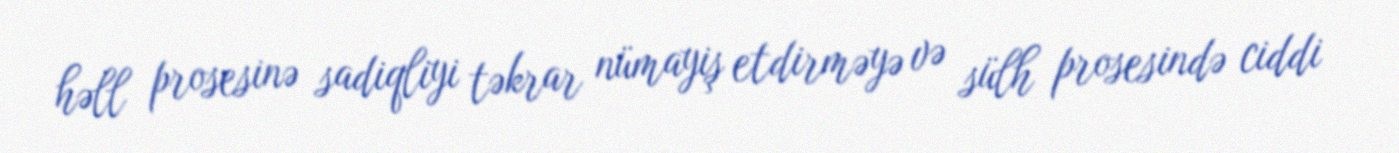
həll prosesinə sadiqliyi təkrar nümayiş etdirməyə və sülh prosesində ciddi